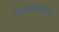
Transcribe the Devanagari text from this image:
पेम्ब्रोकेशायर